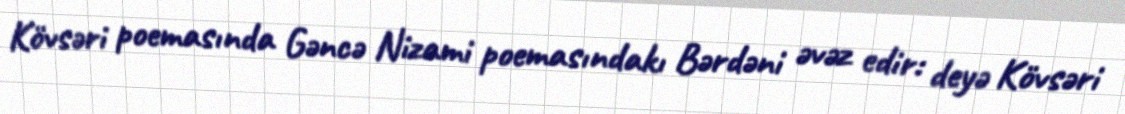
Kövsəri poemasında Gəncə Nizami poemasındakı Bərdəni əvəz edir: deyə Kövsəri